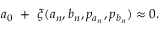
a _ { 0 } \, \, + \, \, \xi ( a _ { n } , b _ { n } , p _ { a _ { n } } , p _ { b _ { n } } ) \approx 0 .